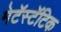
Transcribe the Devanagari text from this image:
मेटॅस्टॅटिक